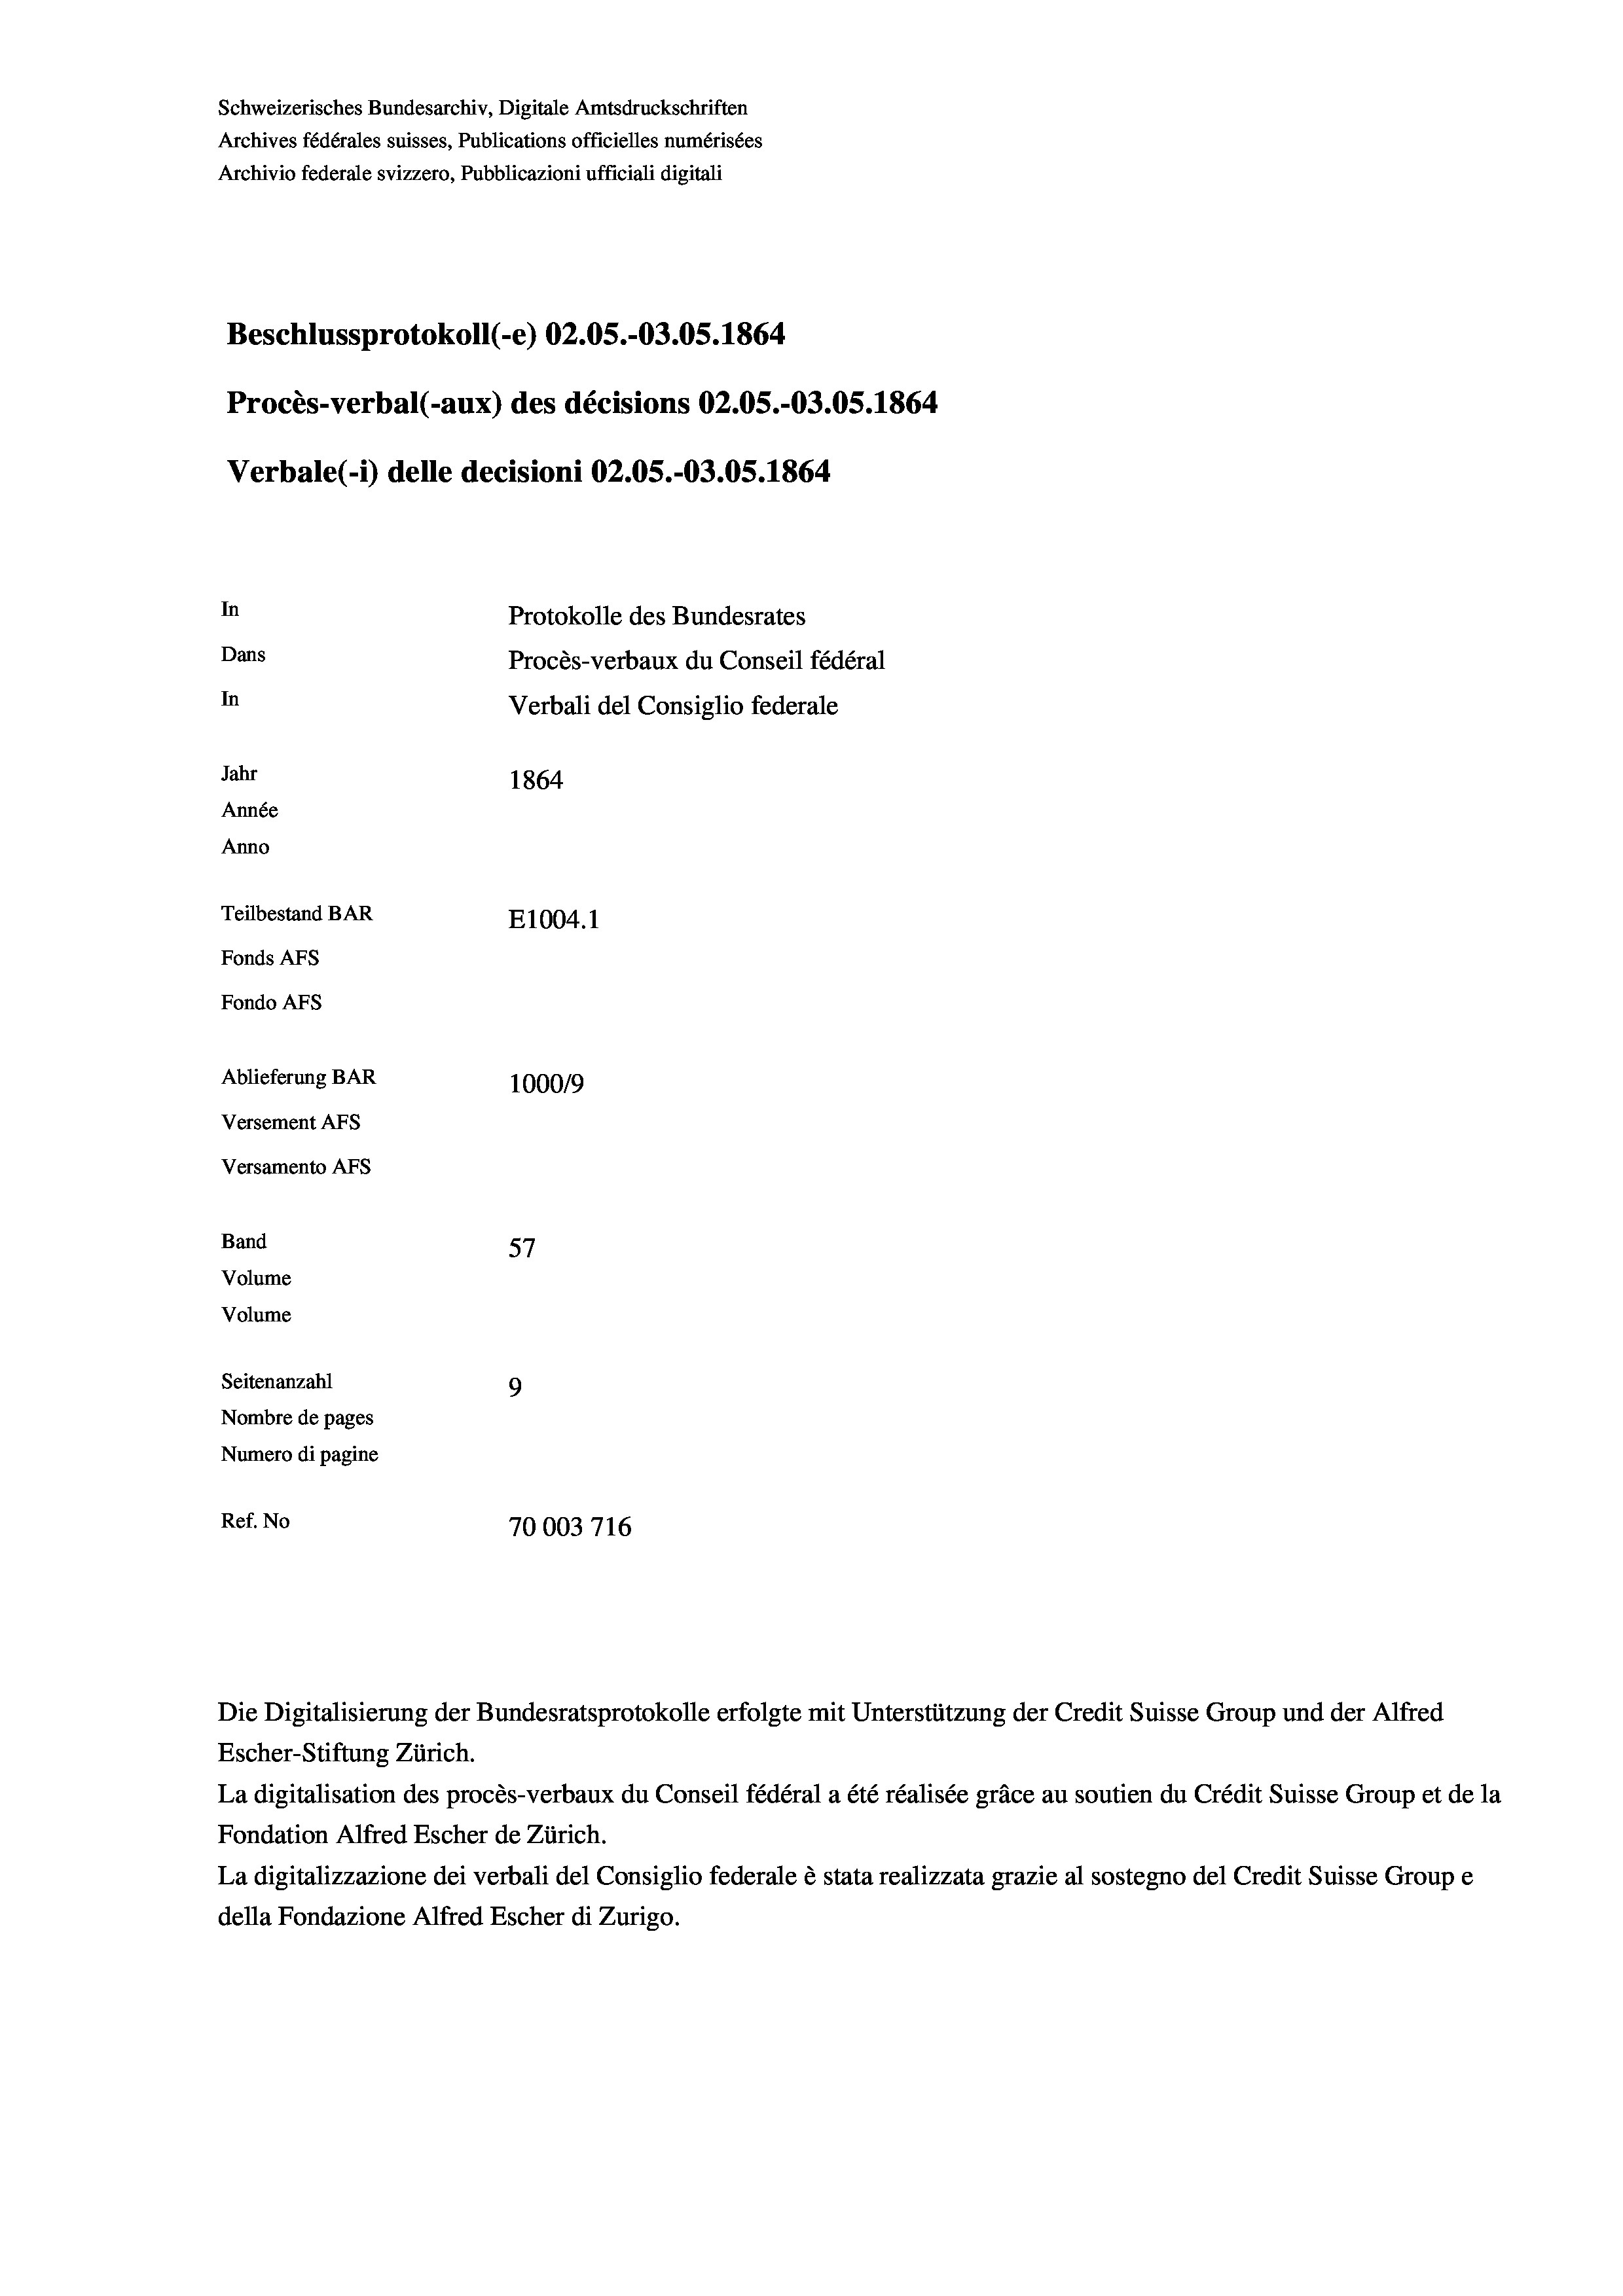
Schweizerisches Bundesarchiv, Digitale Amtsdruckschriften
Archives fédérales suisses, Publications officielles numérisées
Archivio federale svizzero, Pubblicazioni ufficiali digitali
Beschlussprotokoll (-e) 02.05.-03.05. 1864
Procès-verbal (-aux) des décisions 02.05.-O3.05. 1864
Verbale (1) delle decisioni 02.05.-03.05. 1864
In
Protokolle des Bundesrates
Dans
Procès-verbaux du Conseil fédéral
In
Verbali del Consiglio federale
Jahr
1864
Année
Anno
Teilbestand BAR
E1004.1
Fonds AFs
Fondo AFs
Ablieferung BAR
100019
Versement AFs
Versamento AFs
Band
57
Volume
Volume
Seitenanzahl
9
Nombre de pages
Numero di pagine
Ref. No
70003716

La digitalisation des procès-verbaux du Conseil fédéral a été réalisée gräce au soutien du Crédit Suisse Group et de la
Fondation Alfred Escher de Zürich.
La digitalizzazione dei verbali del Consiglio federale è stata realizzata grazie al sostegno del Credit Suisse Groupe
della Fondazione Alfred Escher di Zurigo.

Die Digitalisierung der Bundesratsprotokolle erfolgte mit Unterstützung der Credit Suisse Group und der Alfred
Escher-Stiftung Zürich.